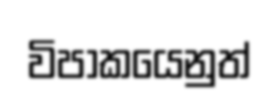
විපාකයෙනුත්